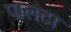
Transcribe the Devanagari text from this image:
पालटा